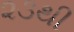
૨૩થી